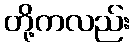
တို့ကလည်း